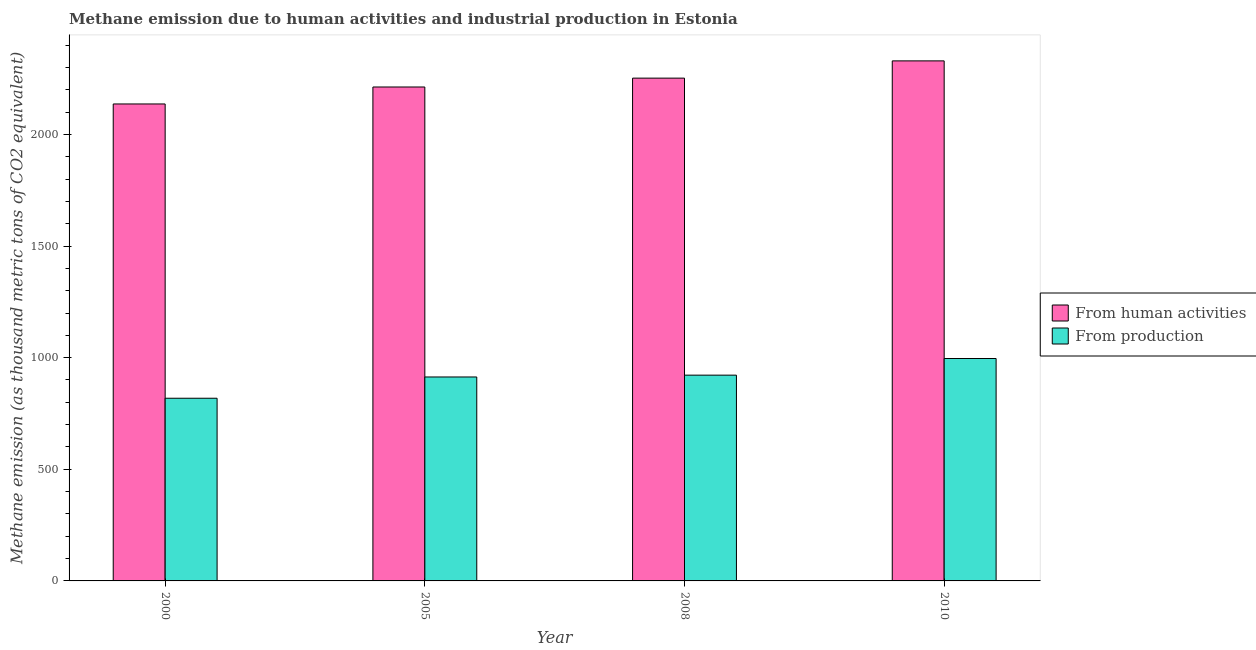
| Year | From human activities | From production |
 | --- | --- | --- |
 | 2000 | 2.14e+03 | 818 |
 | 2005 | 2.21e+03 | 914 |
 | 2008 | 2.25e+03 | 922 |
 | 2010 | 2.33e+03 | 996 |